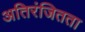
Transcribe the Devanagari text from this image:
अतिरंजितता